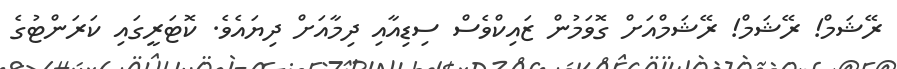
ރޭޝަމް! ރޭޝަމް! ރޭޝަމްއަށް ގޮވަމުން ޒައިކްވެސް ސިޑިއާއި ދިމާއަށް ދިޔައެވެ. ކޮޓަރީގައި ކަރަންޓުގެ